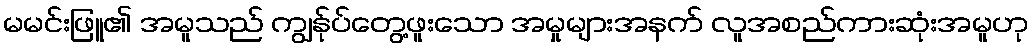
မမင်းဖြူ၏ အမူသည် ကျွန်ုပ်တွေ့ဖူးသော အမှုများအနက် လူအစည်ကားဆုံးအမူဟု